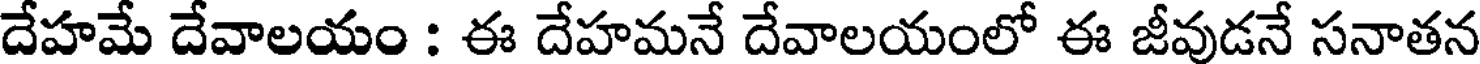
దేహమే దేవాలయం : ఈ దేహమనే దేవాలయంలో ఈ జీవుడనే సనాతన